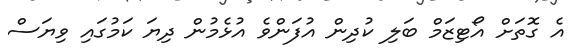
އެ ގޮތަށް އޯޓިޒަމް ބަލި ކުދިން އުފަންވެ އުޅެމުން ދިޔަ ކަމުގައި ވިޔަސް